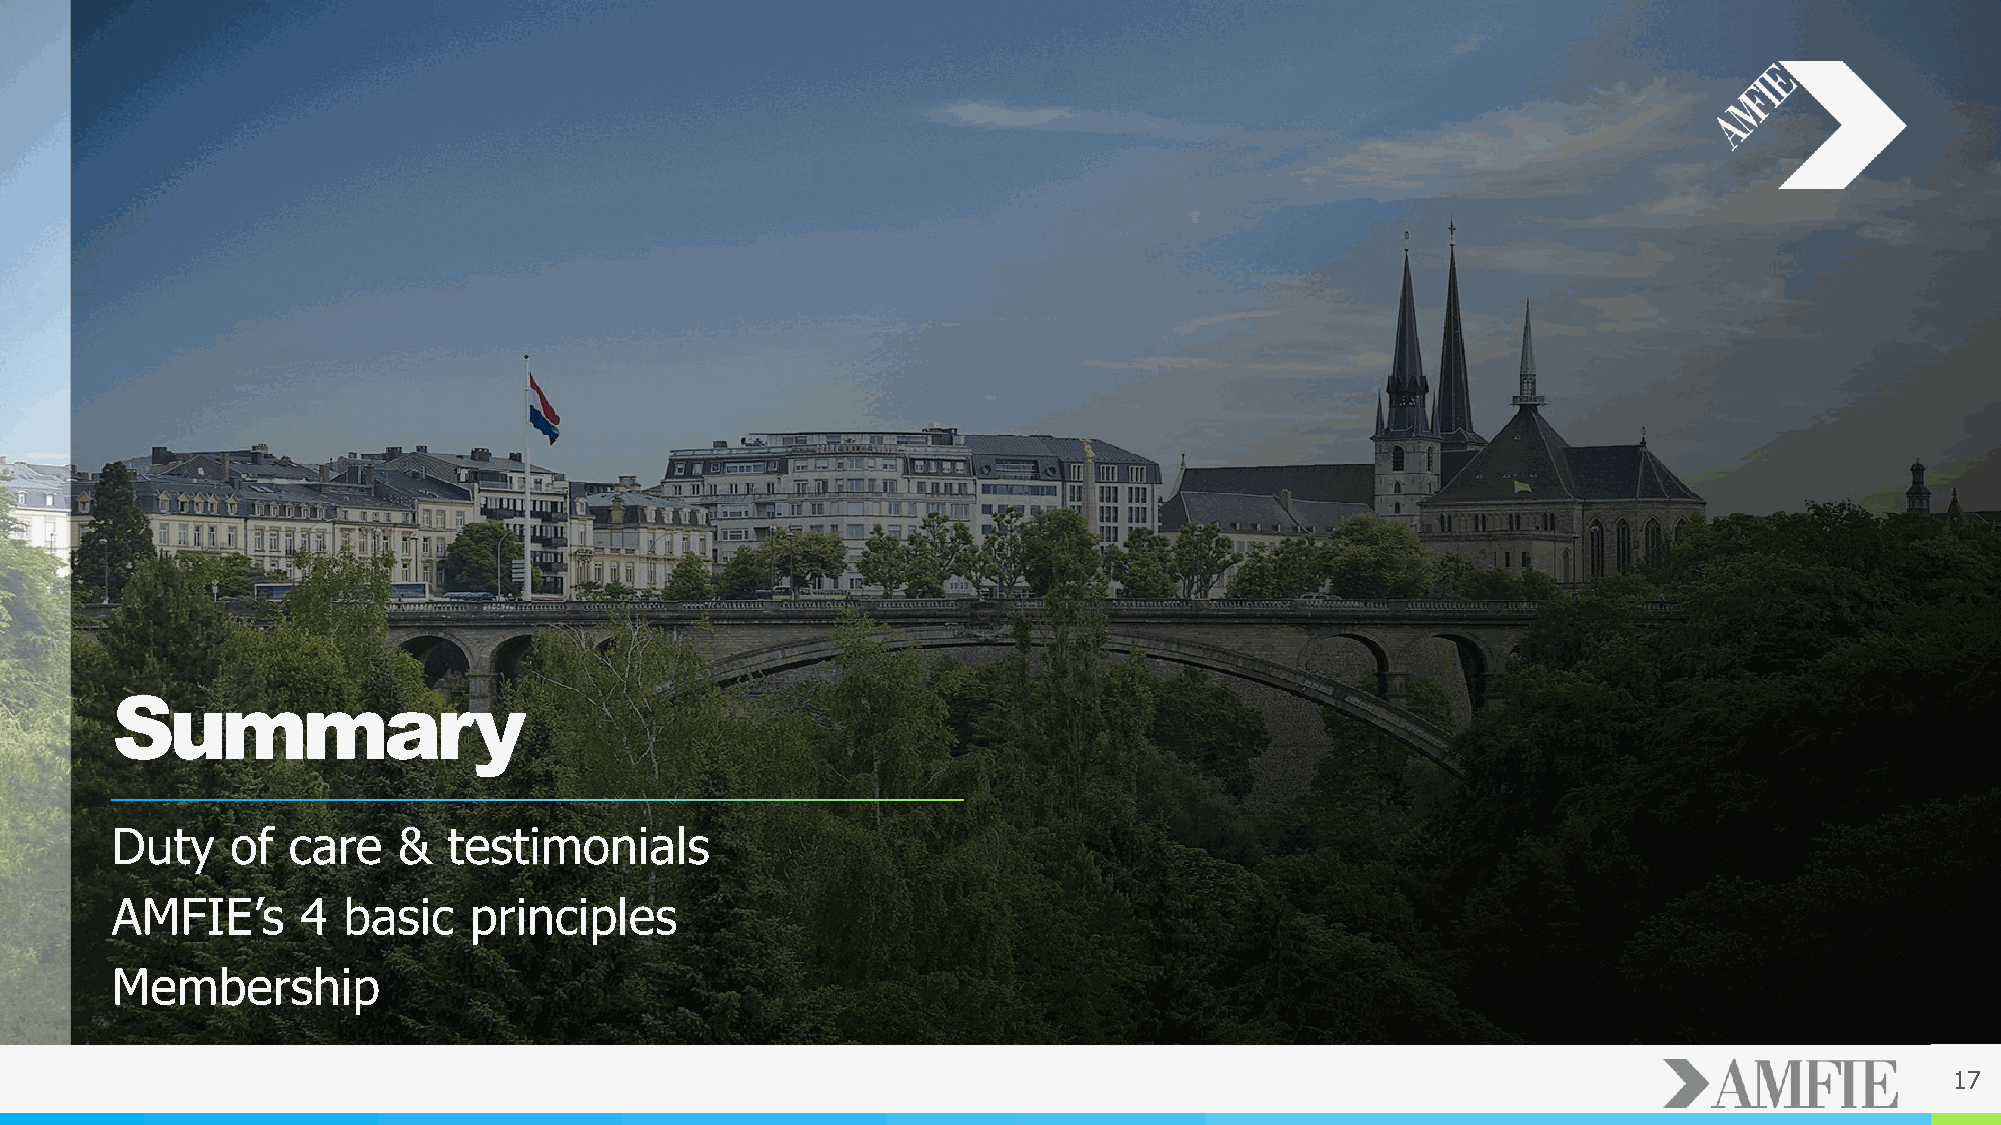
Summary
 Duty    of  care   &   testimonials
 AMFIE’s      4  basic   principles
 Membership
 17